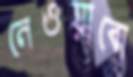
নেওয়াবো